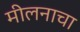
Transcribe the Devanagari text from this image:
मीलनाचा